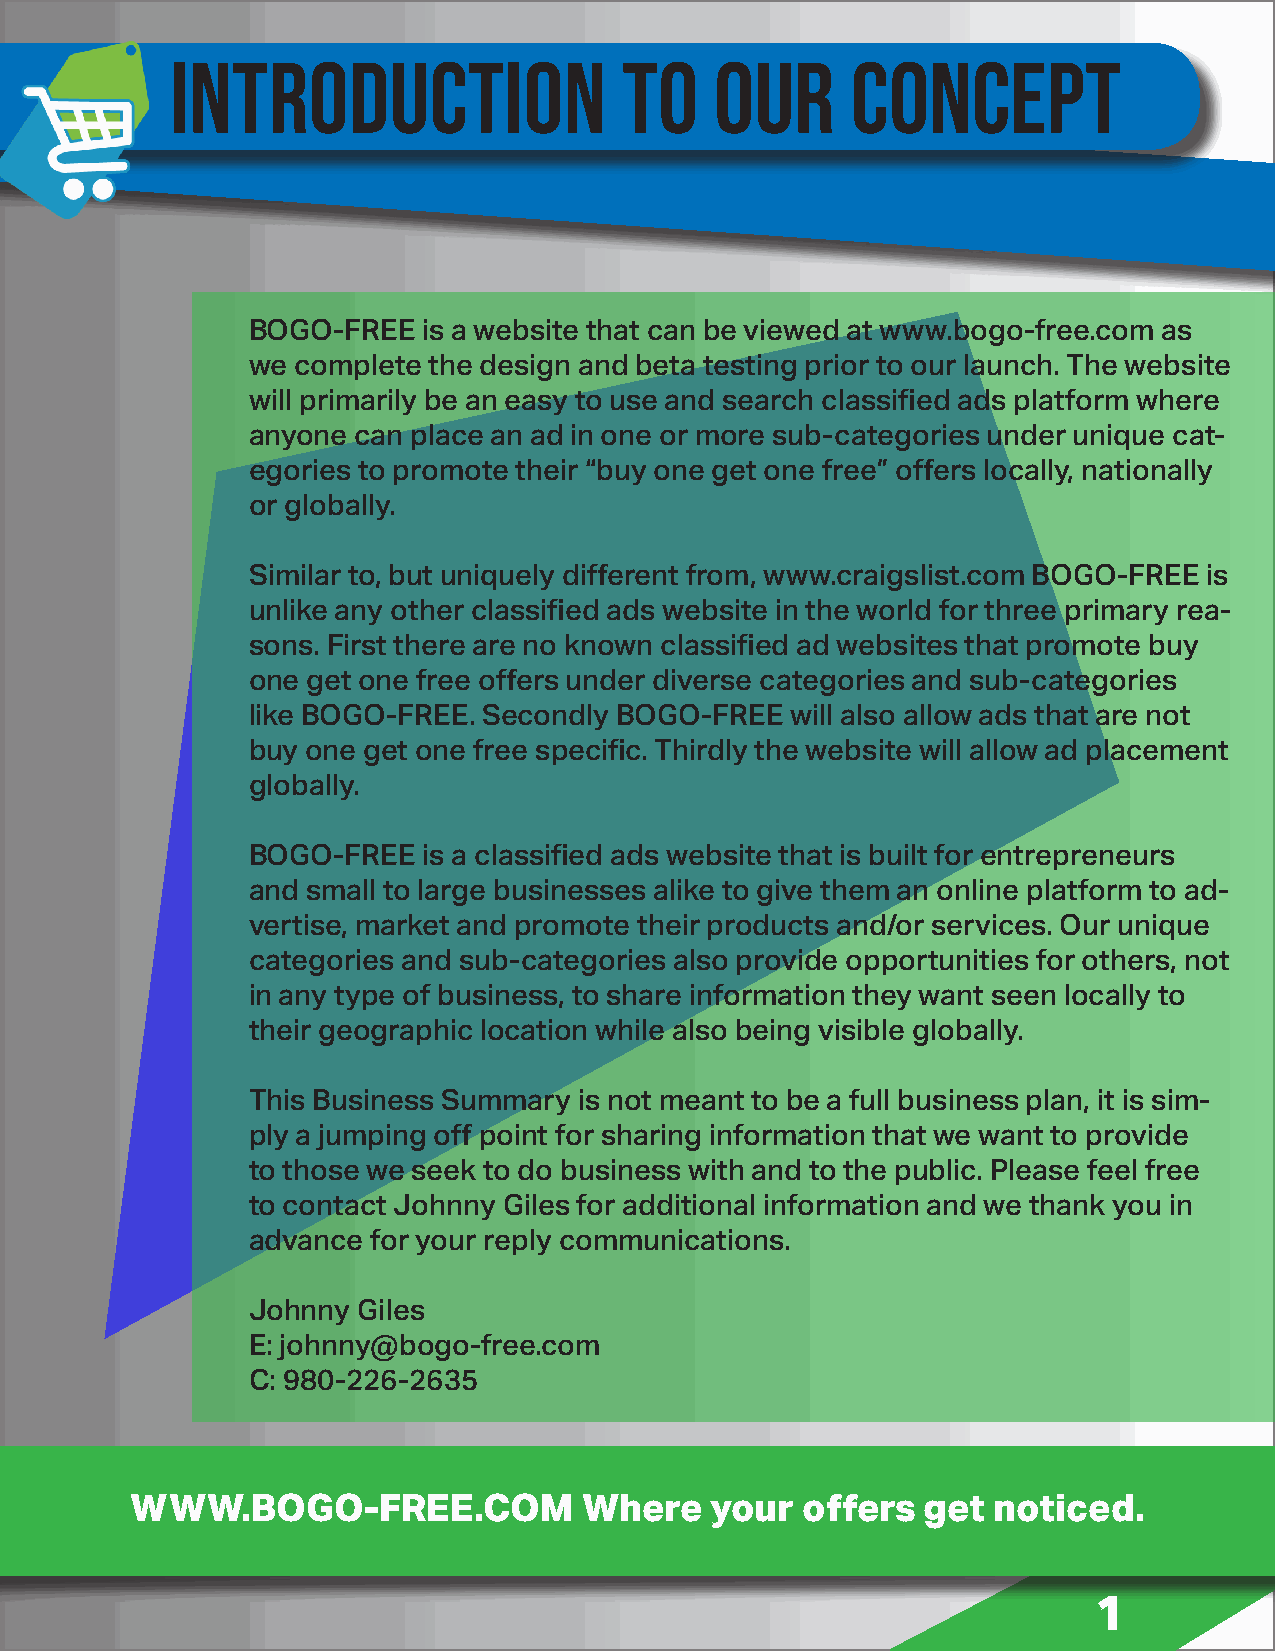
INTRODUCTION                  TO    OUR      CONCEPT
 BOGO-FREE   is a website that can be viewed at www.bogo-free.com as
 we complete the design and beta testing prior to our launch. The website
 will primarily be an easy to use and search classified ads platform where
 anyone can place an ad in one or more sub-categories under unique cat-
 egories to promote their “buy one get one free” offers locally, nationally
 or globally.
 Similar to, but uniquely different from, www.craigslist.com BOGO-FREE is
 unlike any other classified ads website in the world for three primary rea-
 sons. First there are no known classified ad websites that promote buy
 one get one free offers under diverse categories and sub-categories
 like BOGO-FREE. Secondly BOGO-FREE  will also allow ads that are not
 buy one get one free specific. Thirdly the website will allow ad placement
 globally.
 BOGO-FREE   is a classified ads website that is built for entrepreneurs
 and small to large businesses alike to give them an online platform to ad-
 vertise, market and promote their products and/or services. Our unique
 categories and sub-categories also provide opportunities for others, not
 in any type of business, to share information they want seen locally to
 their geographic location while also being visible globally.
 This Business Summary is not meant to be a full business plan, it is sim-
 ply a jumping off point for sharing information that we want to provide
 to those we seek to do business with and to the public. Please feel free
 to contact Johnny Giles for additional information and we thank you in
 advance  for your reply communications.
 Johnny  Giles
 E: johnny@bogo-free.com
 C: 980-226-2635
 WWW.BOGO-FREE.COM             Where   your  offers  get  noticed.
 1